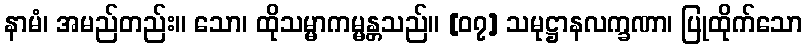
နာမံ၊ အမည်တည်း။ သော၊ ထိုသမ္မာကမ္မန္တသည်။ [၀၇] သမုဋ္ဌာနလက္ခဏာ၊ ပြုထိုက်သော